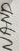
Text: NAND